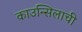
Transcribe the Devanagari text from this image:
काउन्सिलाची